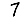
Digit: 7